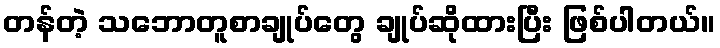
တန်တဲ့ သဘောတူစာချုပ်တွေ ချုပ်ဆိုထားပြီး ဖြစ်ပါတယ်။